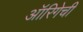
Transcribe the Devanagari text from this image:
ऑरिगेची